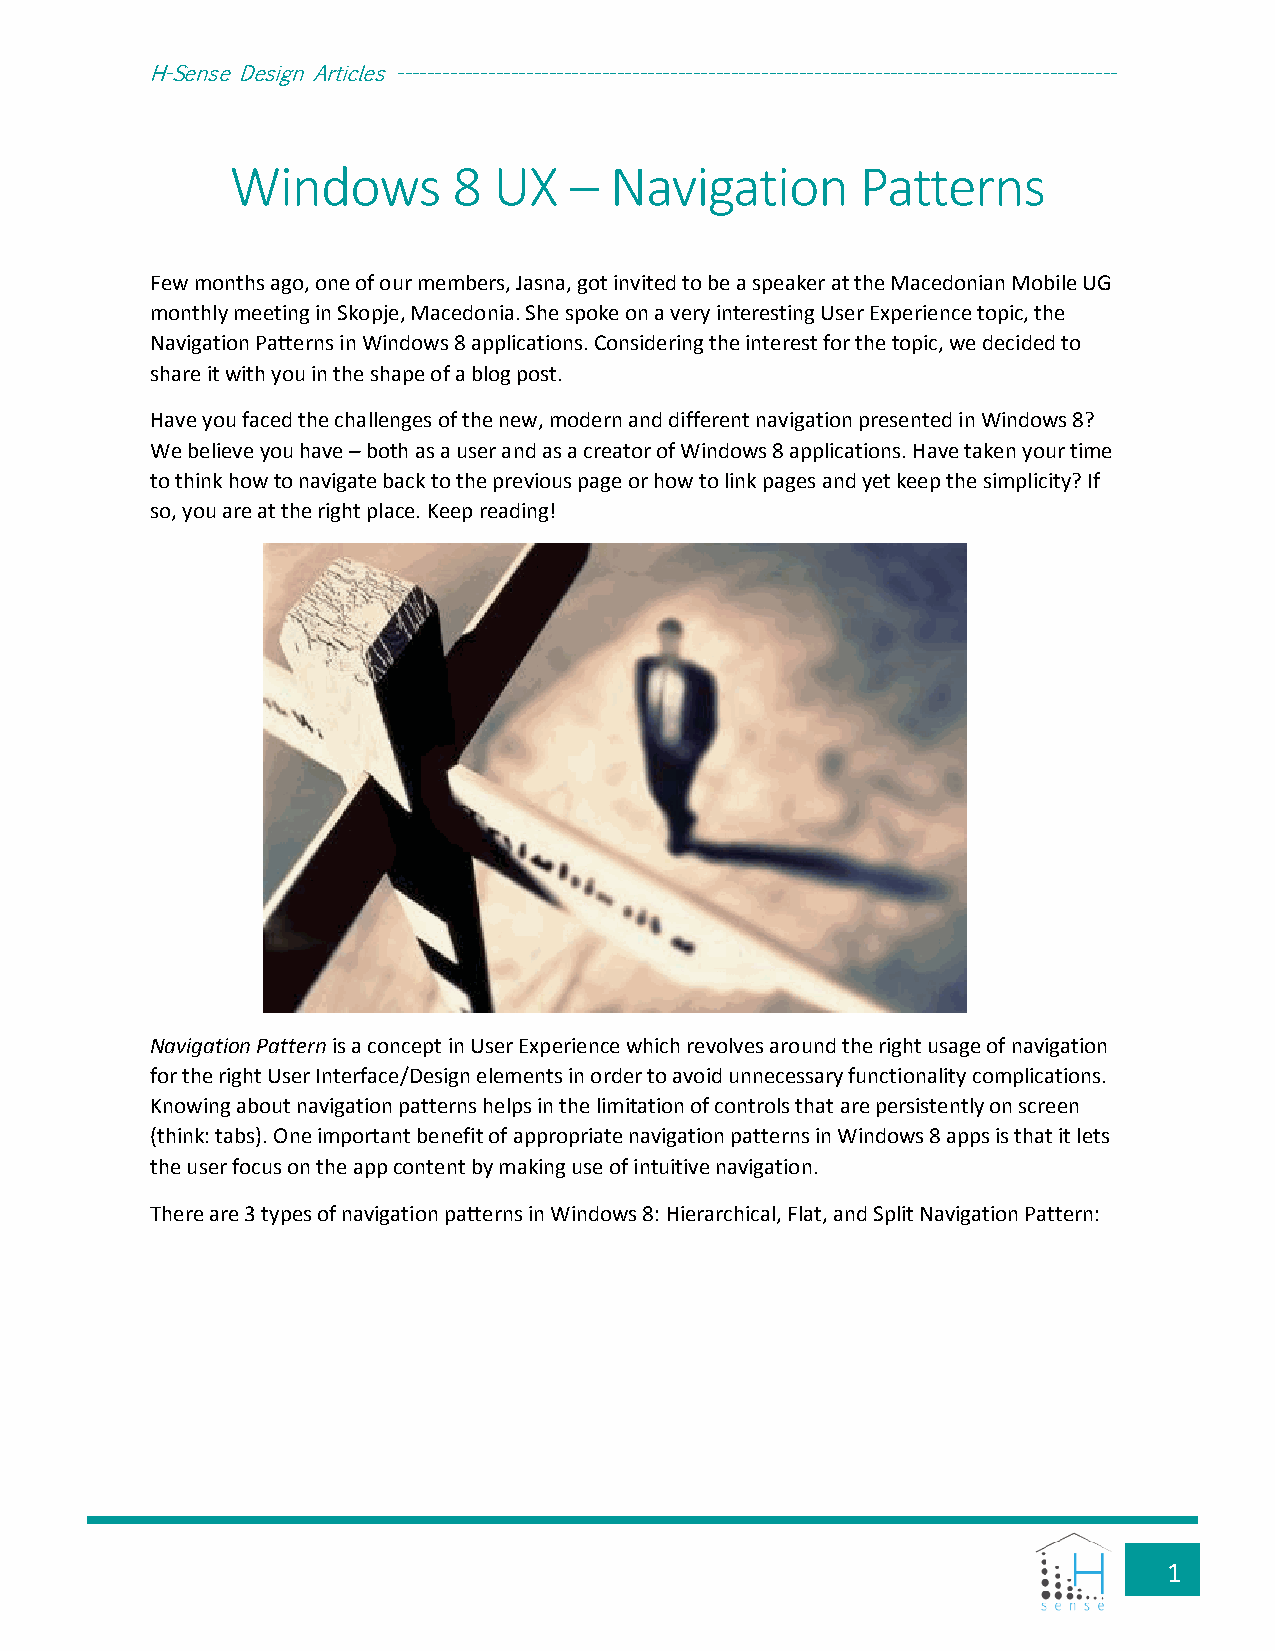
H-Sense Design Articles -----------------------------------------------------------------------------------------------
 Windows        8  UX   – Navigation       Patterns
 Few months ago, one of our members, Jasna, got invited to be a speaker at the Macedonian Mobile UG
 monthly meeting in Skopje, Macedonia. She spoke on a very interesting User Experience topic, the
 Navigation Patterns in Windows 8 applications. Considering the interest for the topic, we decided to
 share it with you in the shape of a blog post.
 Have you faced the challenges of the new, modern and different navigation presented in Windows 8?
 We believe you have – both as a user and as a creator of Windows 8 applications. Have taken your time
 to think how to navigate back to the previous page or how to link pages and yet keep the simplicity? If
 so, you are at the right place. Keep reading!
 Navigation Pattern is a concept in User Experience which revolves around the right usage of navigation
 for the right User Interface/Design elements in order to avoid unnecessary functionality complications.
 Knowing about navigation patterns helps in the limitation of controls that are persistently on screen
 (think: tabs). One important benefit of appropriate navigation patterns in Windows 8 apps is that it lets
 the user focus on the app content by making use of intuitive navigation.
 There are 3 types of navigation patterns in Windows 8: Hierarchical, Flat, and Split Navigation Pattern:
 1